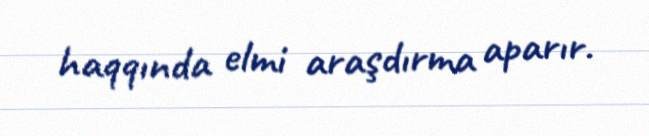
haqqında elmi araşdırma aparır.